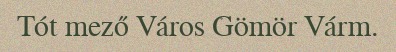
Tót mező Város Gömör Várm.